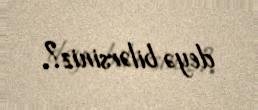
deyə bilərsiniz?.